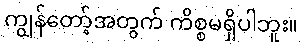
ကျွန်တော့်အတွက် ကိစ္စမရှိပါဘူး။